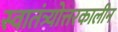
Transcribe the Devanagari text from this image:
स्वातंत्र्योत्तरकालीन